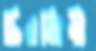
চিরঞ্জিবী